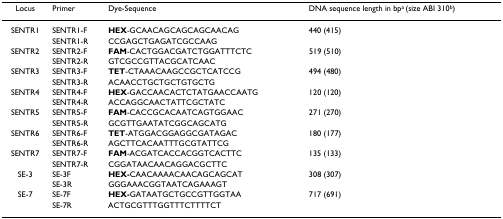
<table><thead><tr><td><b>Locus</b></td><td><b>Primer</b></td><td><b>Dye-Sequence</b></td><td><b>DNA sequence length in bp<sup>a </sup>(size ABI 310<sup>b</sup>)</b></td></tr></thead><tbody><tr><td>SENTR1</td><td>SENTR1-F</td><td><b>HEX</b>-GCAACAGCAGCAGCAACAG</td><td>440 (415)</td></tr><tr><td></td><td>SENTR1-R</td><td>CCGAGCTGAGATCGCCAAG</td><td></td></tr><tr><td>SENTR2</td><td>SENTR2-F</td><td><b>FAM</b>-CACTGGACGATCTGGATTTCTC</td><td>519 (510)</td></tr><tr><td></td><td>SENTR2-R</td><td>GTCGCCGTTACGCATCAAC</td><td></td></tr><tr><td>SENTR3</td><td>SENTR3-F</td><td><b>TET</b>-CTAAACAAGCCGCTCATCCG</td><td>494 (480)</td></tr><tr><td></td><td>SENTR3-R</td><td>ACAACCTGCTGCTGTGCTG</td><td></td></tr><tr><td>SENTR4</td><td>SENTR4-F</td><td><b>HEX</b>-GACCAACACTCTATGAACCAATG</td><td>120 (120)</td></tr><tr><td></td><td>SENTR4-R</td><td>ACCAGGCAACTATTCGCTATC</td><td></td></tr><tr><td>SENTR5</td><td>SENTR5-F</td><td><b>FAM</b>-CACCGCACAATCAGTGGAAC</td><td>271 (270)</td></tr><tr><td></td><td>SENTR5-R</td><td>GCGTTGAATATCGGCAGCATG</td><td></td></tr><tr><td>SENTR6</td><td>SENTR6-F</td><td><b>TET</b>-ATGGACGGAGGCGATAGAC</td><td>180 (177)</td></tr><tr><td></td><td>SENTR6-R</td><td>AGCTTCACAATTTGCGTATTCG</td><td></td></tr><tr><td>SENTR7</td><td>SENTR7-F</td><td><b>FAM</b>-ACGATCACCACGGTCACTTC</td><td>135 (133)</td></tr><tr><td></td><td>SENTR7-R</td><td>CGGATAACAACAGGACGCTTC</td><td></td></tr><tr><td>SE-3</td><td>SE-3F</td><td><b>HEX-</b>CAACAAAACAACAGCAGCAT</td><td>308 (307)</td></tr><tr><td></td><td>SE-3R</td><td>GGGAAACGGTAATCAGAAAGT</td><td></td></tr><tr><td>SE-7</td><td>SE-7F</td><td><b>HEX-</b>GATAATGCTGCCGTTGGTAA</td><td>717 (691)</td></tr><tr><td></td><td>SE-7R</td><td>ACTGCGTTTGGTTTCTTTTCT</td><td></td></tr></tbody></table>